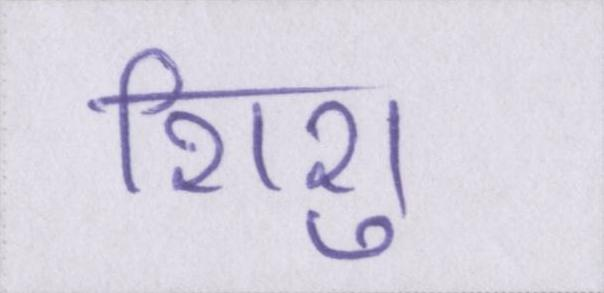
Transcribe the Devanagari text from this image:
शिशु